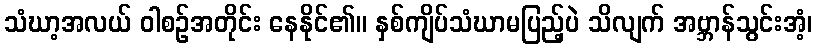
သံဃာ့အလယ် ဝါစဉ်အတိုင်း နေနိုင်၏။ နှစ်ကျိပ်သံဃာမပြည့်ပဲ သိလျက် အဗ္ဘာန်သွင်းအံ့၊